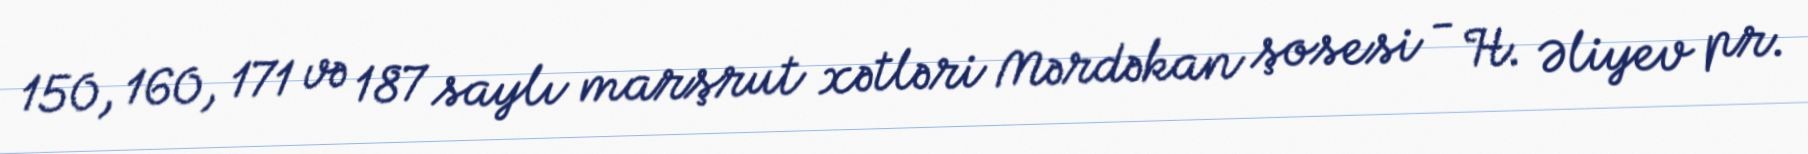
150, 160, 171 və 187 saylı marşrut xətləri Mərdəkan şosesi - H. Əliyev pr.